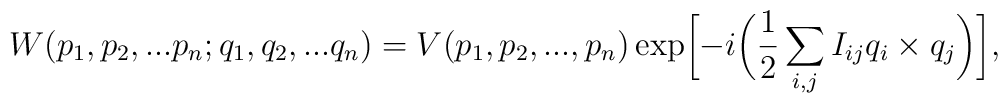
W(p_1,p_2,...p_n;q_1,q_2,...q_n)=V(p_1,p_2,...,p_n)\exp\biggl[-i\biggl(\frac{1}{2}\sum_{i,j}I_{ij}q_i\times q_j\biggr)\biggr],